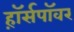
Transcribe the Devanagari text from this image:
ह़ॉर्सपॉवर